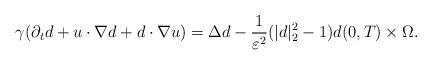
LaTeX: \begin{align*} \gamma(\partial_td + u \cdot \nabla d + d \cdot \nabla u)= \Delta d - \frac{1}{\varepsilon^2}(|d|_2^2 -1)d (0,T) \times \Omega.\end{align*}